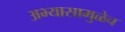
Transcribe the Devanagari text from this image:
अभ्यासामुळेच